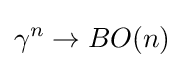
\gamma ^{n}\to BO(n)